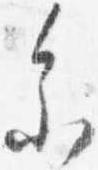
参